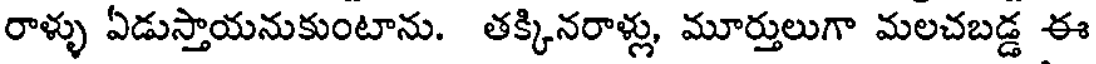
రాళ్ళు ఏడుస్తాయనుకుంటాను. తక్కినరాళ్లు, మూర్తులుగా మలచబడ్డ ఈ